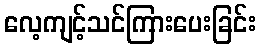
လေ့ကျင့်သင်ကြားပေးခြင်း